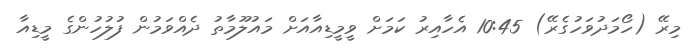
މިރޭ (ހޯމަދުވަހުގެރޭ) 10:45 އެހާއިރު ކަމަށް ވީމީޑިއާއަށް މައުލޫމާތު ދެއްވަމުން ފުލުހުންގެ މީޑިއާ